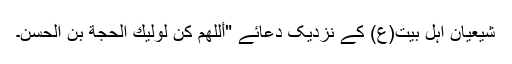
شیعیان اہل بیت(ع) کے نزدیک دعائے "أللهمَّ كُن لِولیكَ الحجة بنِ الحَسن۔